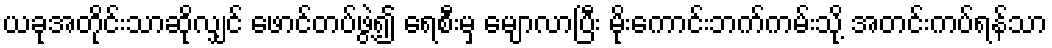
ယခုအတိုင်းသာဆိုလျှင် ဖောင်တပ်ဖွဲ့၍ ရေစီးမှ မျောလာပြီး မိုးကောင်းဘက်ကမ်းသို့ အတင်းကပ်ရန်သာ